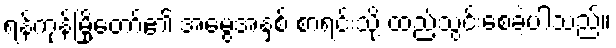
ရန်ကုန်မြို့တော်၏ အမွေအနှစ် စာရင်းသို့ ထည့်သွင်းစေခဲ့ပါသည်။